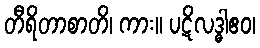
တီရိတာစာတိ၊ ကား။ ပဋိလဒ္ဓါဧဝ၊